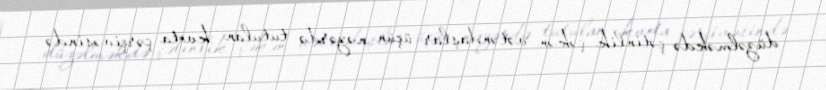
düzəlməkdə çətinlik çəkən vətəndaşlar üçün nəzərdə tutulan kvota çərçivəsində